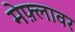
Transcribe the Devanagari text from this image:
मेफ़्लावर